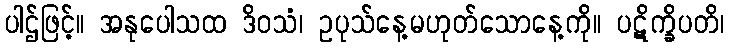
ပါဌ်ဖြင့်။ အနုပေါသထ ဒိဝသံ၊ ဥပုသ်နေ့မဟုတ်သောနေ့ကို။ ပဋိက္ခိပတိ၊